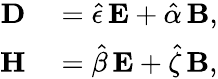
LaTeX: \begin{array}{rl}{\mathbf{D}}&{{}=\hat{\epsilon}\, \mathbf{E}+\hat{\alpha}\, \mathbf{B},}\\ {\mathbf{H}}&{{}=\hat{\beta}\, \mathbf{E}+\hat{\zeta}\, \mathbf{B},}\end{array}